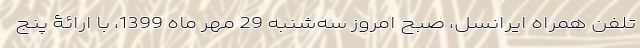
تلفن همراه ایرانسل، صبح امروز سه‌شنبه 29 مهر ماه 1399، با ارائۀ پنج